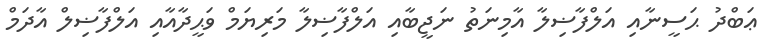
ޢަބްދު ޙަސީނާއި އަލްފާޟިލާ އާމިނަތު ނަޖީބާއި އަލްފާޟިލާ މަރިޔަމް ވަޙީދާއާއި އަލްފާޟިލް އާދަމް